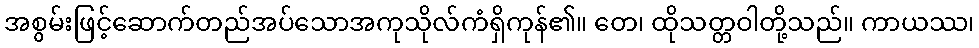
အစွမ်းဖြင့်ဆောက်တည်အပ်သောအကုသိုလ်ကံရှိကုန်၏။ တေ၊ ထိုသတ္တဝါတို့သည်။ ကာယဿ၊